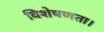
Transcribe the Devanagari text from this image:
विशेषणता।